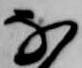
な